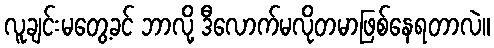
လူချင်းမတွေ့ခင် ဘာလို့ ဒီလောက်မလိုတမာဖြစ်နေရတာလဲ။